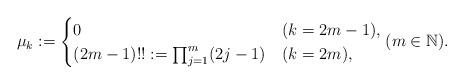
LaTeX: \begin{align*}\mu_k := \begin{cases}0 &(k=2m-1), \\(2m-1)!!:=\prod_{j=1}^m (2j-1) &(k=2m),\end{cases} ( m \in \mathbb{N}).\end{align*}